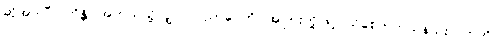
ဆိုအပ်ပြီ။ ကိန္တိ၊ အဘယ်သို့လျှင်။ ပညာပေတိ၊ အပြားတို့ဖြင့် သိစေတတ်သနည်း။ ဣတိ၊